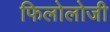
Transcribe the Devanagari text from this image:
फिलोलोजी